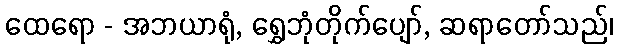
ထေရော - အဘယာရုံ, ရွှေဘုံတိုက်ပျော်, ဆရာတော်သည်၊